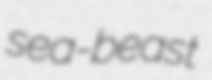
sea-beast